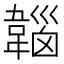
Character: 𩏀